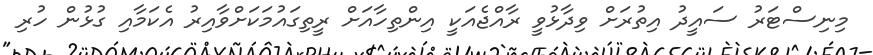
މިނިސްޓަރު ސައީދު އިތުރަށް ވިދާޅުވީ ރާއްޖެއަކީ އިންތިހާއަށް ރީތިގައުމަކަށްވާއިރު އެކަމާއި ގުޅުން ހުރި